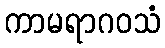
ကာမရာဂဝသံ